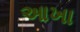
આખા